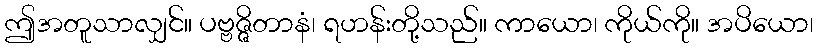
ဤအတူသာလျှင်။ ပဗ္ဗဇ္ဇိတာနံ၊ ရဟန်းတို့သည်။ ကာယော၊ ကိုယ်ကို။ အပိယော၊